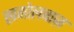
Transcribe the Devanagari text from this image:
खगोलबाज़